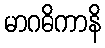
မာဂဓိကာနိ